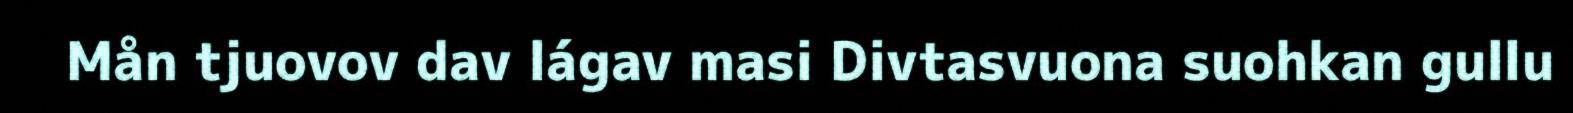
Mån tjuovov dav lágav masi Divtasvuona suohkan gullu